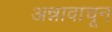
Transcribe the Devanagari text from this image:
अन्नावाचून